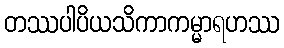
တဿပါပိယသိကာကမ္မာရဟဿ